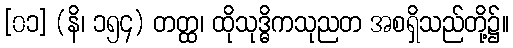
[၀၁] (နိ၊ ၁၅၄) တတ္ထ၊ ထိုသုဒ္ဓိကသုညတ အစရှိသည်တို့၌။